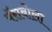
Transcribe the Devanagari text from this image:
पॅराबोला